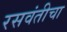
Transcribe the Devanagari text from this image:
रसवंतीचा